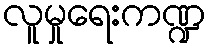
လူမှုရေးကဏ္ဍ